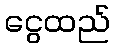
ငွေထည်